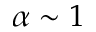
\alpha \sim 1